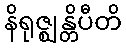
နိရုဇ္ဈန္တိပီတိ